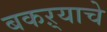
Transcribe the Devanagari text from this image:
बकऱ्याचे